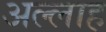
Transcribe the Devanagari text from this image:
अल्‍लाह